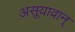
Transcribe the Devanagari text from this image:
असूयावान्